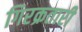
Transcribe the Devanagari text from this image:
गिरक्रतारी